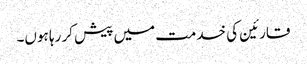
قارئین کی خدمت میں پیش کر رہا ہوں۔